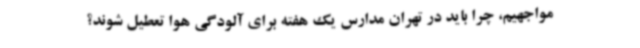
مواجهیم، چرا باید در تهران مدارس یک هفته برای آلودگی هوا تعطیل شوند؟